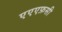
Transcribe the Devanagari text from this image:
एएएफ़सी